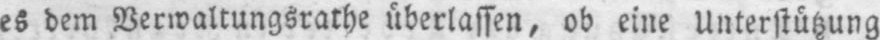
es dem Verwaltungsrathe überlassen, ob eine Unterstützung